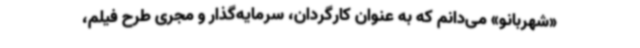
«شهربانو» می‌دانم که به عنوان کارگردان، سرمایه‌گذار و مجری طرح فیلم،